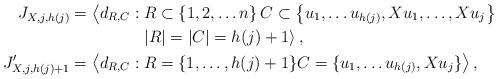
LaTeX: \begin{align*}J_{X,j,h(j)}&=\left\langle d_{R,C} :R\subset \left\lbrace 1, 2, \ldots n\right\rbrace C\subset \left\lbrace u_1, \ldots u_{h(j)}, Xu_1,\ldots, Xu_j\right\rbrace\right. \\&\qquad\qquad\left.\; |R|=|C|=h(j)+1\right\rangle,\\J'_{X,j,h(j)+1}&=\left\langle d_{R,C}: R=\{1,\ldots,h(j)+1\}C=\{u_1,\ldots u_{h(j)},Xu_j\}\right\rangle,\end{align*}